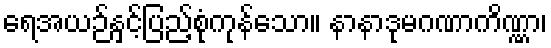
ရေအယဉ်နှင့်ပြည့်စုံကုန်သော။ နာနာဒုမဂဏာကိဏ္ဏာ၊